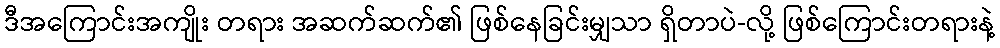
ဒီအကြောင်းအကျိုး တရား အဆက်ဆက်၏ ဖြစ်နေခြင်းမျှသာ ရှိတာပဲ-လို့ ဖြစ်ကြောင်းတရားနဲ့